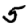
Digit: 5